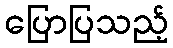
ပြောပြသည့်